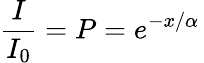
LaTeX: \frac{I}{I_{0}}=P=e^{-x/\alpha}\,